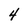
Character: 4